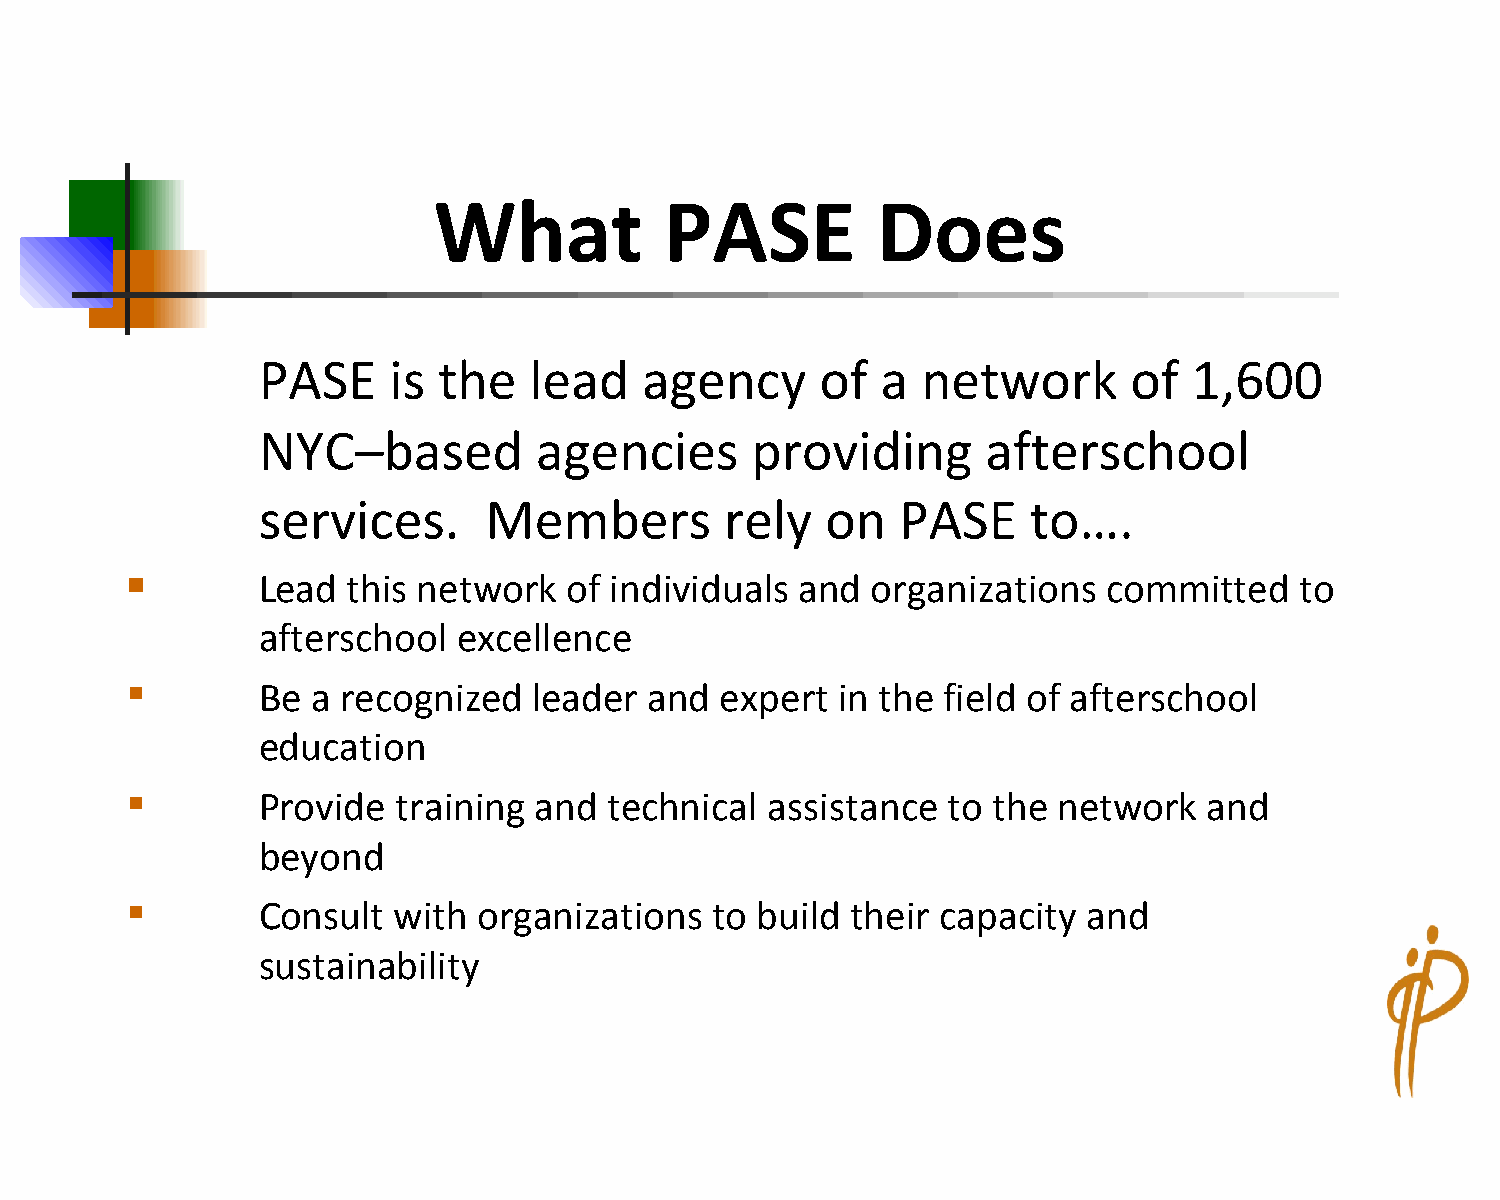
What           PASE          Does
 PASE     is the   lead    agency     of  a  network       of  1,600
 NYC–based         agencies       providing      afterschool
 services.      Members         rely   on   PASE    to….
         Lead  this network   of individuals and  organizations  committed    to
 afterschool  excellence
         Be  a recognized  leader  and  expert in the field of afterschool
 education
         Provide  training and  technical  assistance  to the network   and
 beyond
         Consult  with  organizations  to build their capacity  and
 sustainability